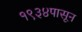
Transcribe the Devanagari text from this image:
१९३४पासून